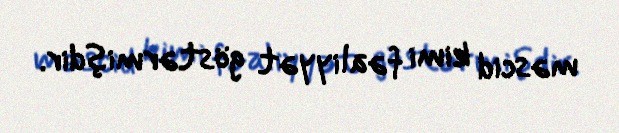
məscid kimi fəaliyyət göstərmişdir.